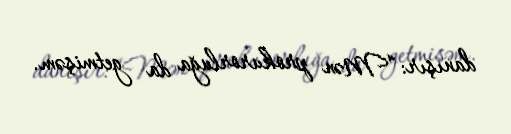
danışır: “Mən prokurorluğa da getmişəm.